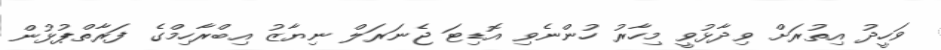
ވަހީދު އިތުރަށް ވިދާޅުވީ މިހާރު ހުންނެވި އޮޑިޓަ ޖެނަރަލް ނިޔާޒު އިބްރާހިމްގެ ފަރާތްޕުޅުން